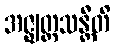
အဇ္ဈတ္တသန္တီတိ